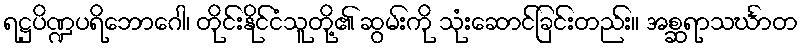
ရဋ္ဌပိဏ္ဍပရိဘောဂေါ၊ တိုင်းနိုင်ငံသူတို့၏ ဆွမ်းကို သုံးဆောင်ခြင်းတည်း။ အစ္ဆရာသင်္ဃာတ